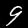
Digit: 9